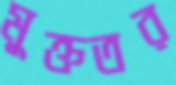
মুক্ততর